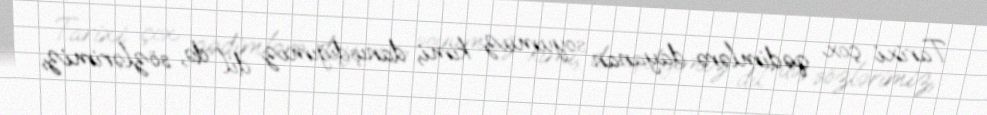
Tarixi çox qədimlərə dayanan soyumuz kimi, danışdığımız dil də, sözlərimiz,